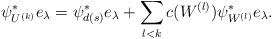
LaTeX: \begin{align*}\psi_{U^{(k)}}^*e_{\lambda}=\psi_{d(s)}^*e_{\lambda}+\sum_{l<k} c(W^{(l)})\psi_{W^{(l)}}^*e_{\lambda}.\end{align*}